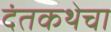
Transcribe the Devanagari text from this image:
दंतकथेचा